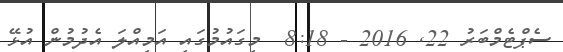
ސެޕްޓެމްބަރު 22